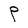
Character: P